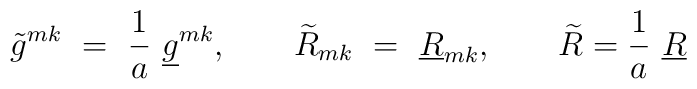
\tilde{g}^{mk}\ =\ {1\over a}\ \underline{g}^{mk},\qquad\widetilde{R}_{mk}\ =\ \underline{R}_{mk},\qquad\widetilde{R}={1\over a}\ \underline{R}